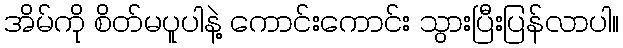
အိမ်ကို စိတ်မပူပါနဲ့ ကောင်းကောင်း သွားပြီးပြန်လာပါ။